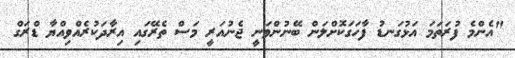
"އެންމެ ފުރަތަމަ އަޅުގަނޑު ފާހަގަކޮށްލަން ބޭނުންވަނީ ޖެނުއަރީ މަސް ތެރޭގައި އިރާދަކުރެއްވިއްޔާ ޑްރަގް